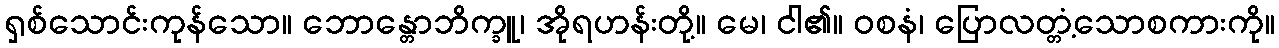
ရှစ်သောင်းကုန်သော။ ဘောန္တောဘိက္ခူ၊ အိုရဟန်းတို့။ မေ၊ ငါ၏။ ဝစနံ၊ ပြောလတ္တံ့သောစကားကို။